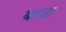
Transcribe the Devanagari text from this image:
बहवा